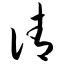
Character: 请